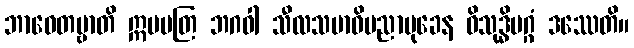
ဘာဝေတဗ္ဗာတိ ဣမမတြ ဘဂဝါ သီလသမာဓိပညာမုခေန ဝိသုဒ္ဓိမဂ္ဂံ ဒဿေတိ။